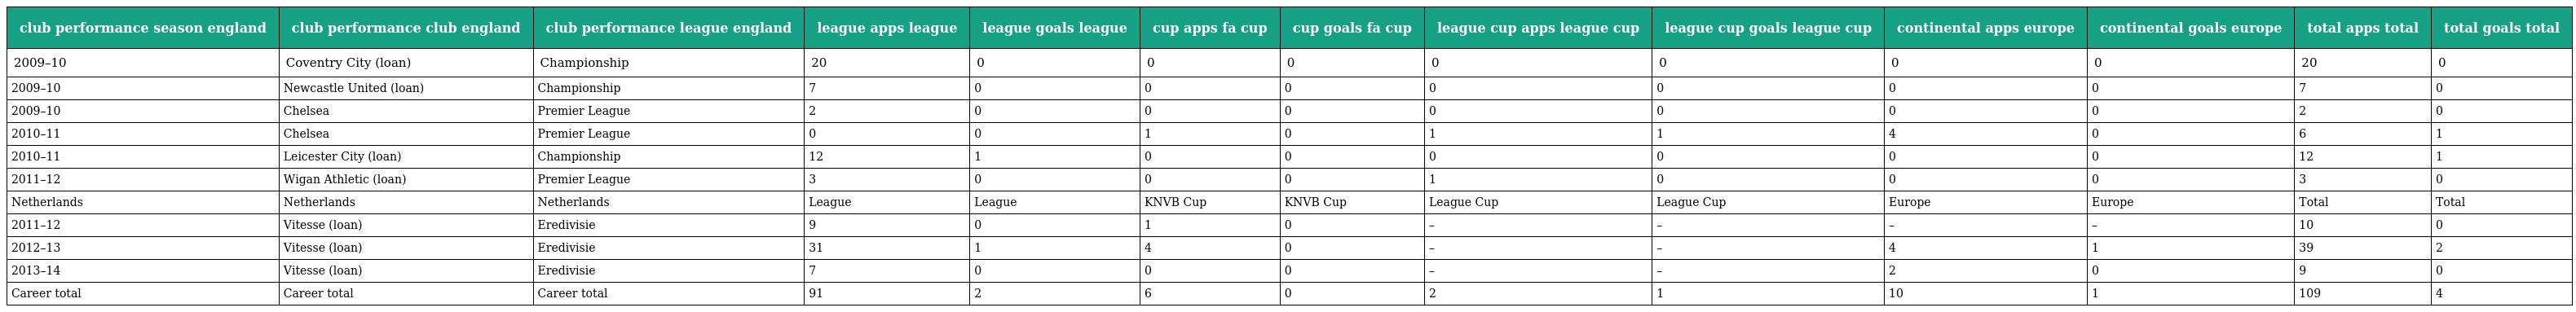
| club performance season england | club performance club england | club performance league england | league apps league | league goals league | cup apps fa cup | cup goals fa cup | league cup apps league cup | league cup goals league cup | continental apps europe | continental goals europe | total apps total | total goals total |
 | --- | --- | --- | --- | --- | --- | --- | --- | --- | --- | --- | --- | --- |
 | 2009–10 | Coventry City (loan) | Championship | 20 | 0 | 0 | 0 | 0 | 0 | 0 | 0 | 20 | 0 |
 | 2009–10 | Newcastle United (loan) | Championship | 7 | 0 | 0 | 0 | 0 | 0 | 0 | 0 | 7 | 0 |
 | 2009–10 | Chelsea | Premier League | 2 | 0 | 0 | 0 | 0 | 0 | 0 | 0 | 2 | 0 |
 | 2010–11 | Chelsea | Premier League | 0 | 0 | 1 | 0 | 1 | 1 | 4 | 0 | 6 | 1 |
 | 2010–11 | Leicester City (loan) | Championship | 12 | 1 | 0 | 0 | 0 | 0 | 0 | 0 | 12 | 1 |
 | 2011–12 | Wigan Athletic (loan) | Premier League | 3 | 0 | 0 | 0 | 1 | 0 | 0 | 0 | 3 | 0 |
 | Netherlands | Netherlands | Netherlands | League | League | KNVB Cup | KNVB Cup | League Cup | League Cup | Europe | Europe | Total | Total |
 | 2011–12 | Vitesse (loan) | Eredivisie | 9 | 0 | 1 | 0 | – | – | – | – | 10 | 0 |
 | 2012–13 | Vitesse (loan) | Eredivisie | 31 | 1 | 4 | 0 | – | – | 4 | 1 | 39 | 2 |
 | 2013–14 | Vitesse (loan) | Eredivisie | 7 | 0 | 0 | 0 | – | – | 2 | 0 | 9 | 0 |
 | Career total | Career total | Career total | 91 | 2 | 6 | 0 | 2 | 1 | 10 | 1 | 109 | 4 |